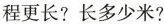
程更长?长多少米?